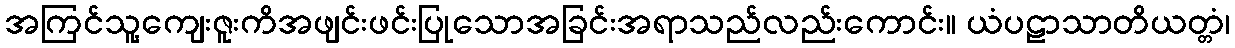
အကြင်သူ့ကျေးဇူးကိအဖျင်းဖင်းပြုသောအခြင်းအရာသည်လည်းကောင်း။ ယံပဠာသာတိယတ္တံ၊